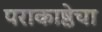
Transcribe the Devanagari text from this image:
पराकाष्ठेचा